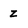
Character: z